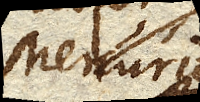
Mercurio;